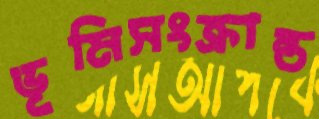
ভূমিসংক্রান্ত